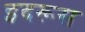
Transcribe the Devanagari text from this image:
इदरूस